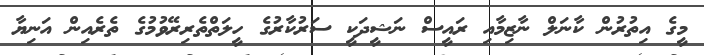
މީގެ އިތުރުން ކާނަލް ނާޒިމާއި ރައީސް ނަޝީދަކީ ސަރުކާރުގެ ހީލަތްތެރިރޭވުމުގެ ތެރެއިން އަނިޔާ